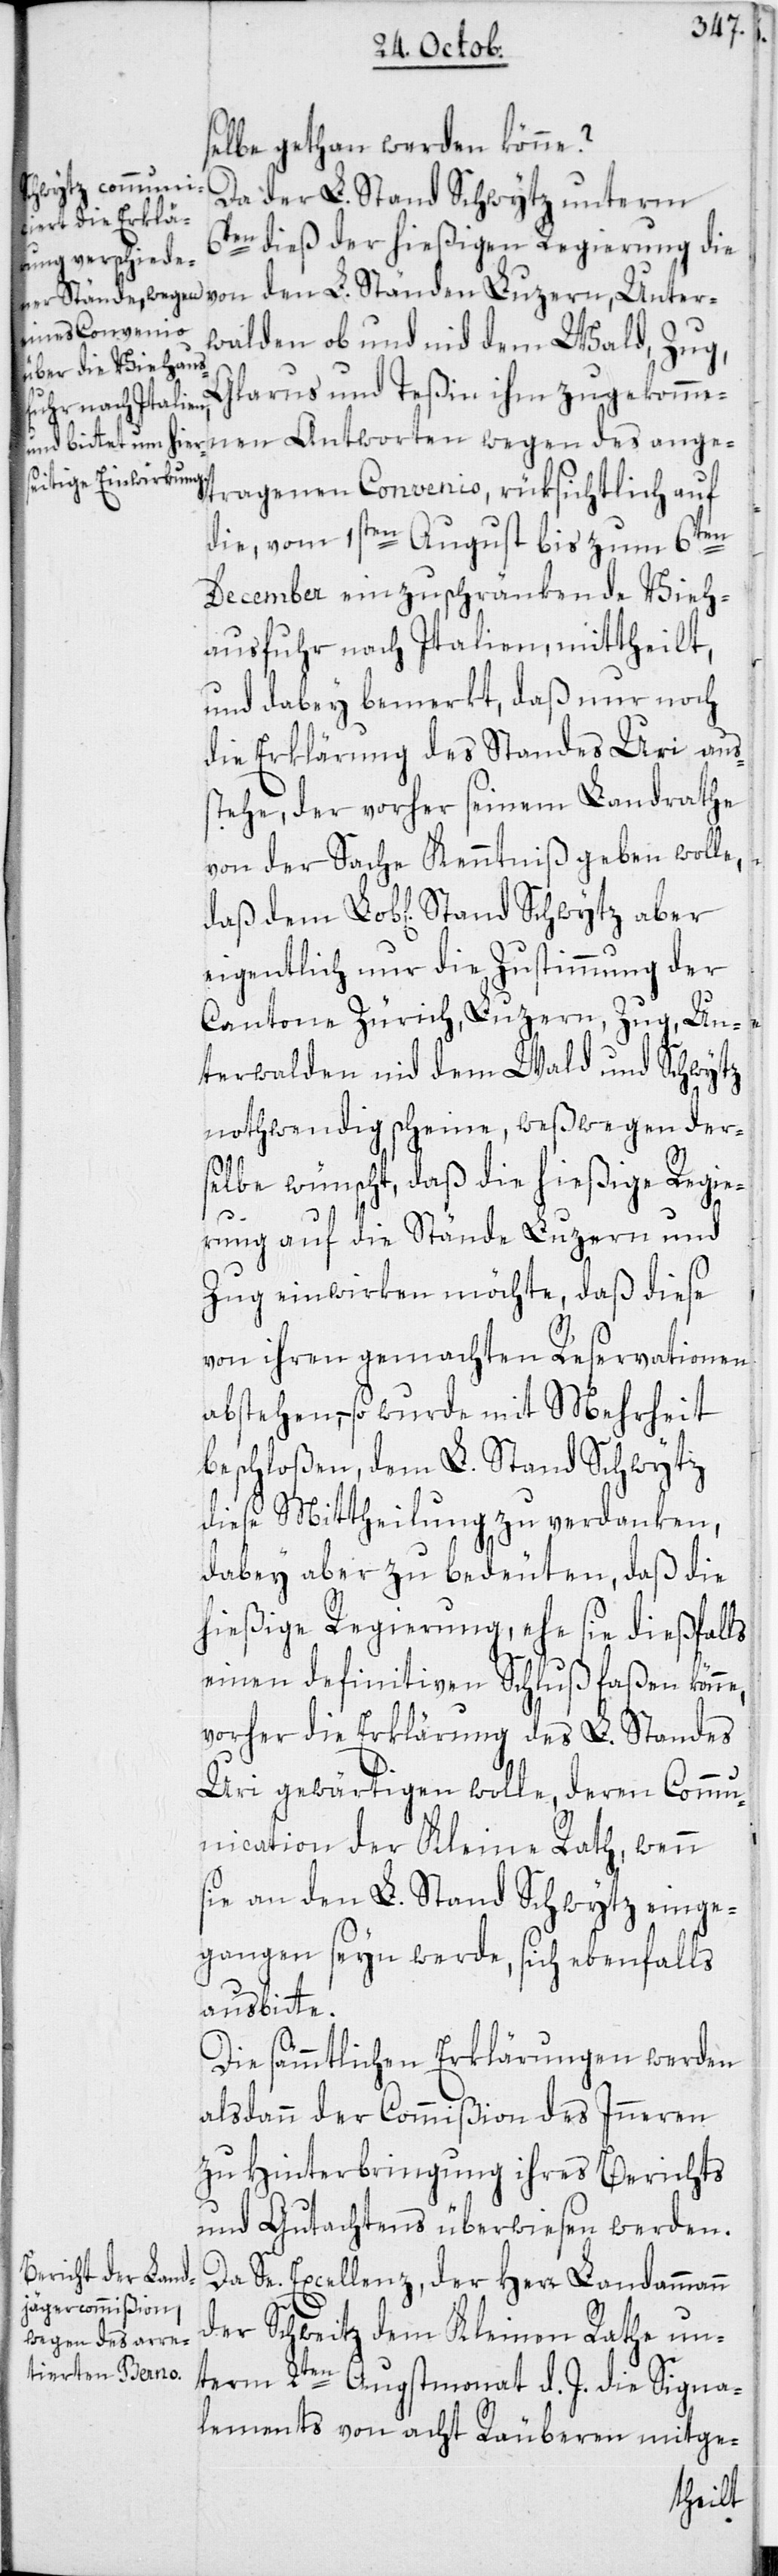
wegen des ange¬

Unter¬
selbe gethan werden könne?
Da der L. Stand Schwytz unterm
6ten dieß der hießigen Regierung die
walden ob und nid dem Wald, Zug,
Glarus und Teßin ihm zugekommenen
tragenen Convenio, rüksichtlich auf
die, vom 1sten August bis zum 6ten
December einzuschränkende Vieh¬
ausfuhr nach Italien, mittheilt,
und dabey bemerkt, daß nur noch
die Erklärung des Standes Uri aus¬
stehe, der vorher seinem Landrathe
von der Sache Kenntniß geben wolle,
eigentlich nur die Zustimmung der
Cantone Zürich, Luzern, Zug, Un¬
terwalden nid dem Wald und Schwytz
nothwendig scheine, weßwegen der¬
selbe wünscht, daß die hießige Regie¬
rung auf die Stände Luzern und
Zug einwirken möchte, daß diese
von ihren gemachten Reservationen
abstehen, – so wurde mit Mehrheit
beschloßen, dem L. Stand Schwytz
diese Mittheilung zu verdanken,
dabey aber zu bedeuten, daß die
hießige Regierung, ehe sie dießfalls
einen definitiven Schluß faßen könne,
vorher die Erklärung des L. Standes
Uri gewärtigen wolle, deren Commu¬
nication der Kleine Rath, wenn
sie an den L. Stand Schwytz einge¬
gangen seyn werde, sich ebenfalls
ausbitte.
Die sämmtlichen Erklärungen werden
alsdann der Commißion des Inneren
zu Hinterbringung ihres Berichts
und Gutachtens überwiesen werden.
Da Se. Excellenz, der Herr Landammann
der Schweitz dem Kleinen Rathe un¬
term 2ten Augstmonat d. J. die Signa¬
lements von acht Räuberen mitge-